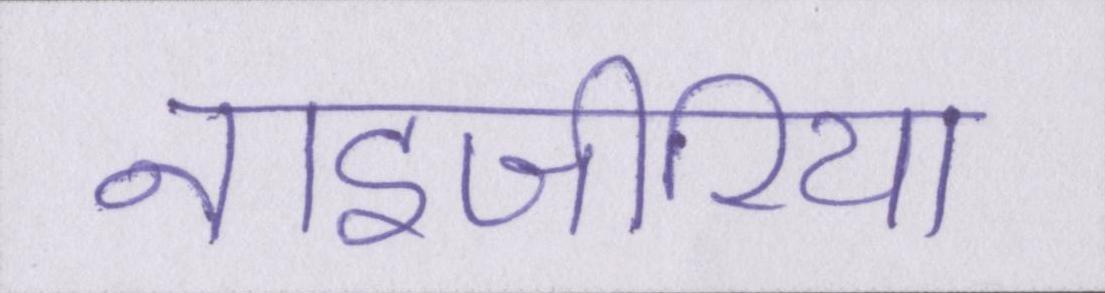
नाइजीरिया